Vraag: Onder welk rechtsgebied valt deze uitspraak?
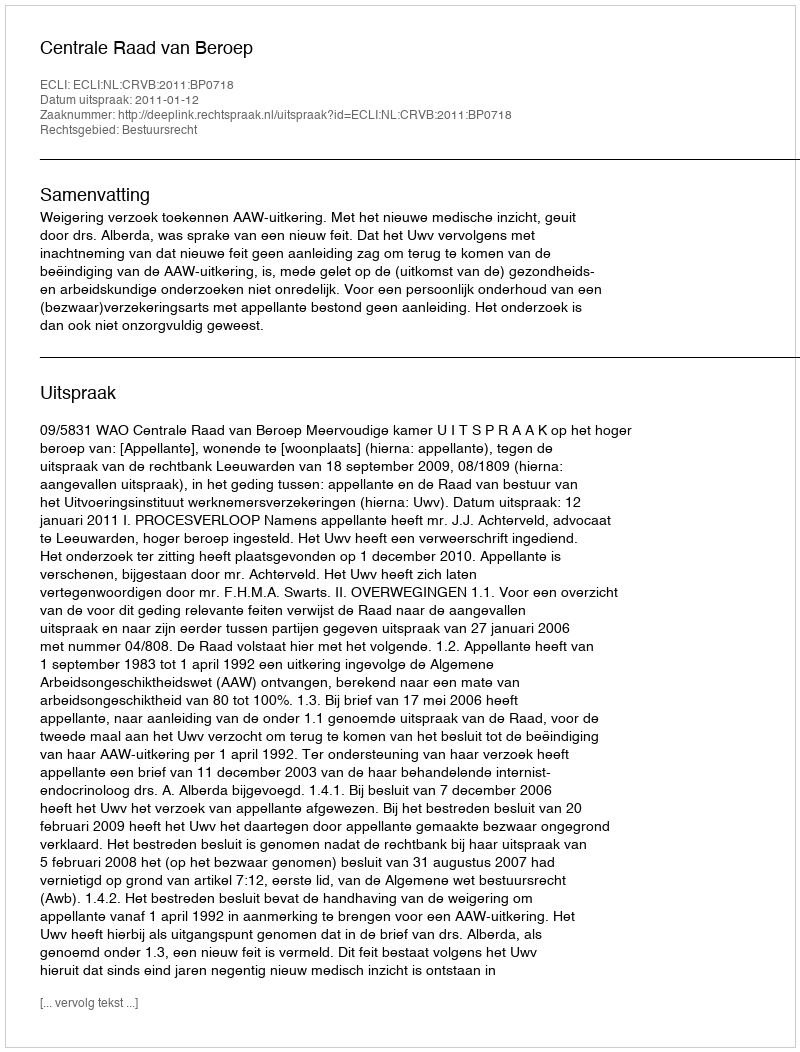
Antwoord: Bestuursrecht